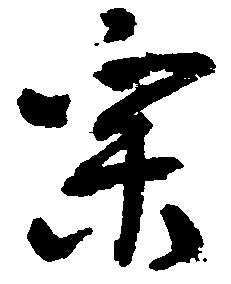
宗